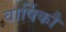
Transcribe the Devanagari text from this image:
वार्षिकौ